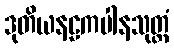
ဒုတိယနဠကပါနသုတ္တံ